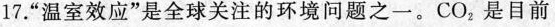
17.”温室效应”是全球关注的环境问题之一。CO_{2}是目前